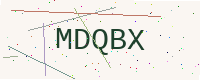
Text: MDQBX